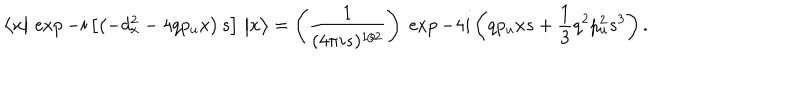
\big \langle x \big \vert \, \exp - i \left[ \left( - d _ { x } ^ { 2 } - 4 q p _ { u } x \right) s \right] \, \big \vert x \big \rangle = \left( { \frac { 1 } { ( 4 \pi i s ) ^ { 1 / 2 } } } \right) \; \exp - 4 i \left( q p _ { u } x s + { \frac { 1 } { 3 } } q ^ { 2 } p _ { u } ^ { 2 } s ^ { 3 } \right) .